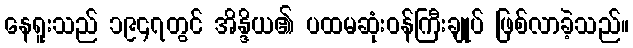
နေရူးသည် ၁၉၄၇တွင် အိန္ဒိယ၏ ပထမဆုံးဝန်ကြီးချုပ် ဖြစ်လာခဲ့သည်။